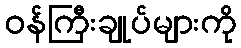
ဝန်ကြီးချုပ်များကို